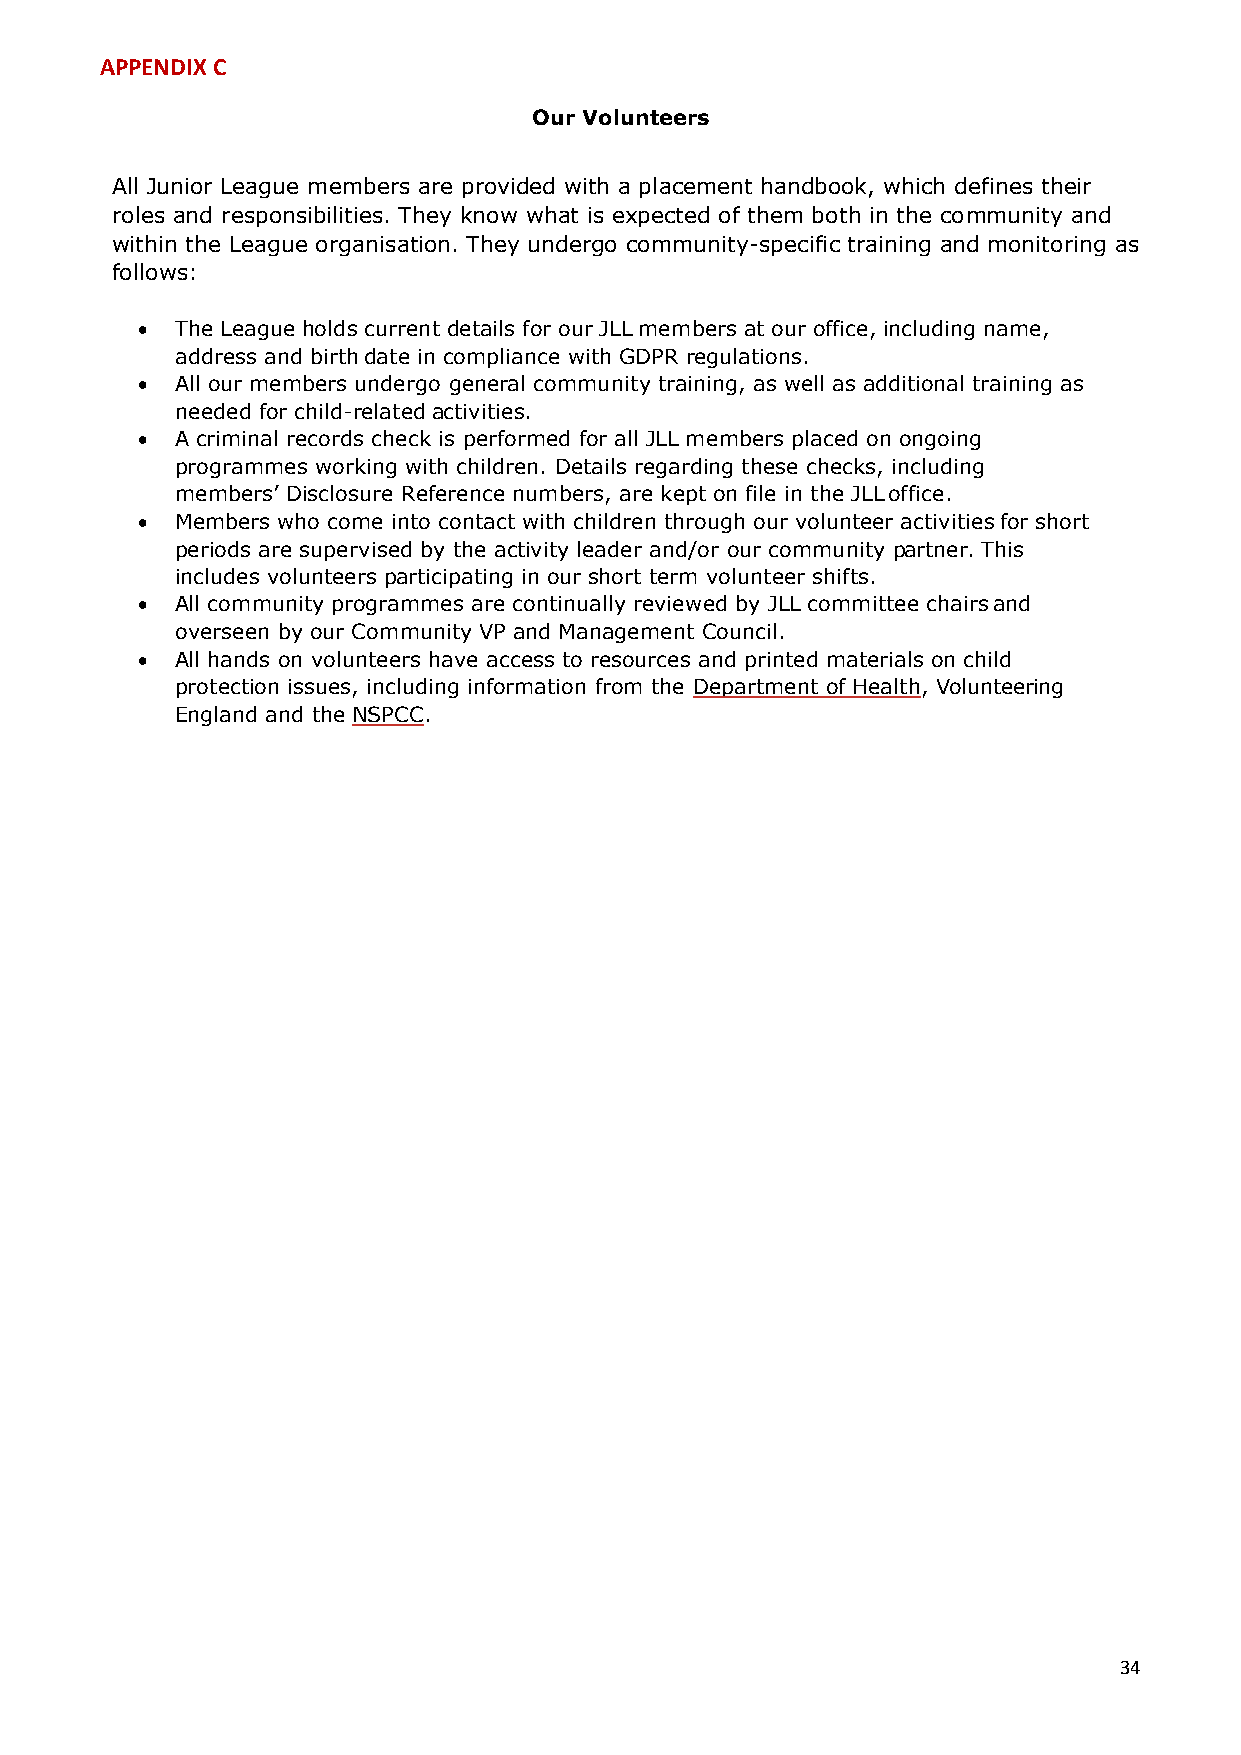
APPENDIX C
 Our Volunteers
 All Junior League members are provided with a placement handbook, which defines their
 roles and responsibilities. They know what is expected of them both in the community and
 within the League organisation. They undergo community-specific training and monitoring as
 follows:
 •  The League holds current details for our JLL members at our office, including name,
 address and birth date in compliance with GDPR regulations.
 •  All our members undergo general community training, as well as additional training as
 needed for child-related activities.
 •  A criminal records check is performed for all JLL members placed on ongoing
 programmes working with children. Details regarding these checks, including
 members’ Disclosure Reference numbers, are kept on file in the JLL office.
 •  Members who come into contact with children through our volunteer activities for short
 periods are supervised by the activity leader and/or our community partner. This
 includes volunteers participating in our short term volunteer shifts.
 •  All community programmes are continually reviewed by JLL committee chairs and
 overseen by our Community VP and Management Council.
 •  All hands on volunteers have access to resources and printed materials on child
 protection issues, including information from the Department of Health, Volunteering
 England and the NSPCC.
 34